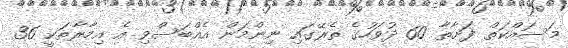
މަސައްކަތް ފަށާތާ 60 ދުވަހުގެ ތެރޭގައި ނިންމަން އެއްބަސްވި އެ އިމާރާތަކީ 36